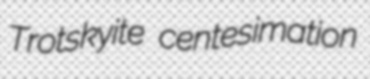
Trotskyite centesimation